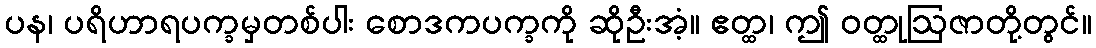
ပန၊ ပရိဟာရပက္ခမှတစ်ပါး စောဒကပက္ခကို ဆိုဦးအံ့။ ဧတ္ထ၊ ဤ ဝတ္ထုဩဇာတို့တွင်။